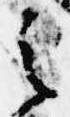
之